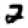
Digit: 2